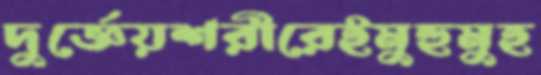
দুর্জ্ঞেয়শরীরেইমুহুমুহ